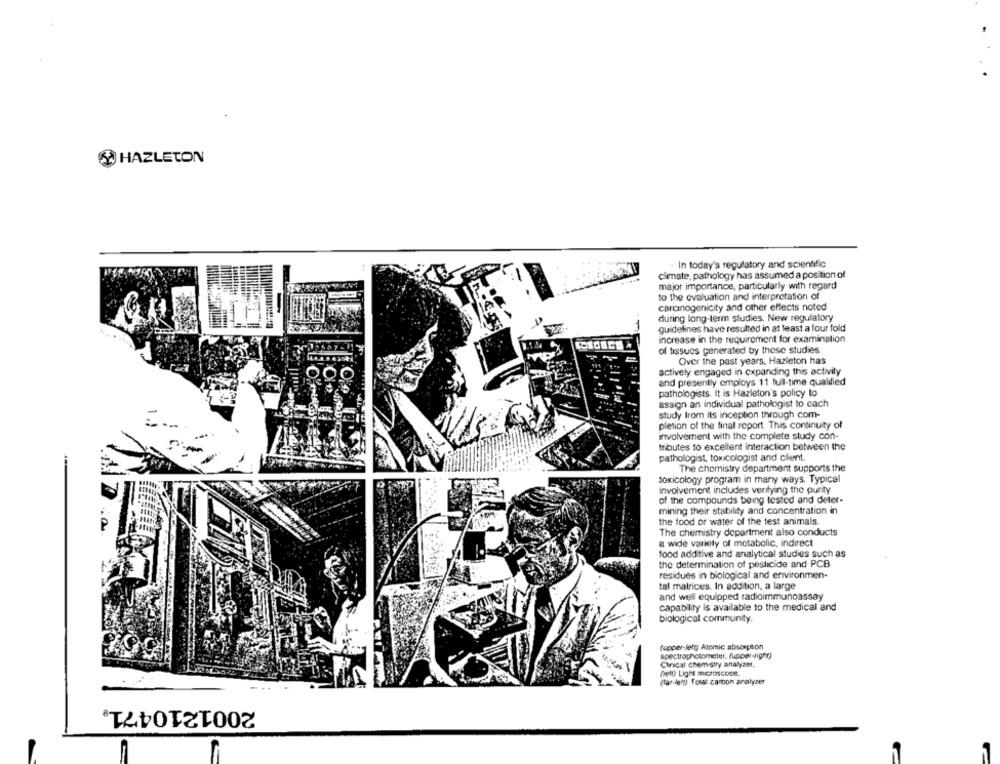
HAZLETON
In today's regulatory and scientific
climate, pathology has assumed a position of
major importance, particularly with regard
to the evaluation and interpretation of
carcinogenicity and other effects noted
during long-term studies. New regulatory
-
guidelines have resulted in at least a four fold
increase in the requirement for examination
of tissues generated by these studies
Over the past years, Hazleton has
actively engaged in expanding this activity
and presently employs 11 full-time qualdied
pathologists. It is Hazleton's policy lo
assign an individual pathologist to each
study from its inception through com-
pletion of the final report This continuity of
involvement with the complete study con-
tributes to excellent interaction between the
pathologist, toxicologist and client.
The chemistry department supports the
toxicology program in many ways. Typical
involvement includes verifying the purity
of the compounds being tested and deter-
mining their stability and concentration in
the food or water of the test animals.
The chemistry department also conducts
a wide variety of metabolic, indirect
food additive and analytical studies such as
the determination of pesticide and PCB
residues in biological and environmen-
tal matrices. In addition, a large
and well equipped radioimmunoassay
capability is available to the medical and
biological community.
fupper-left) Atomic abscspion
spectrophotometer, fupper-light)
Circal chemistry analyzer,
Dett) Light microscope,
Tar-lenul fesst carbon analyzer
2001210471.